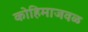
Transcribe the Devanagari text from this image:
कोहिमाजवळ